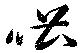
啿